Vaccination in Bombay 1863-1868 - 1863-1868
Year: 1863
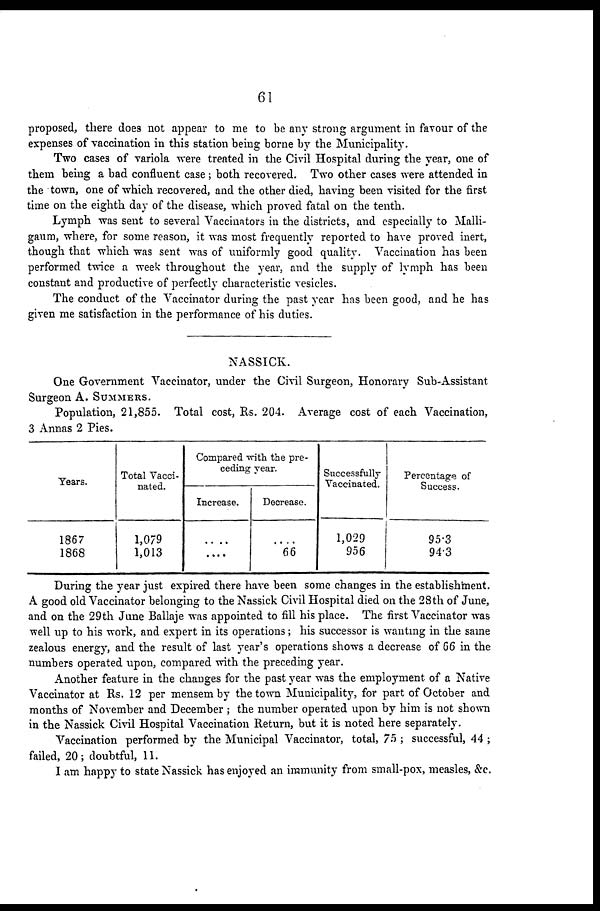
61
proposed, there does not appear to me to be any strong argument in favour of the
expenses of vaccination in this station being borne by the Municipality.
Two cases of variola were treated in the Civil Hospital during the year, one of
them being a bad confluent case; both recovered. Two other cases were attended in
the town, one of which recovered, and the other died, having been visited for the first
time on the eighth day of the disease, which proved fatal on the tenth.
Lymph was sent to several Vaccinators in the districts, and especially to Malli-
gaum, where, for some reason, it was most frequently reported to have proved inert,
though that which was sent was of uniformly good quality. Vaccination has been
performed twice a week throughout the year, and the supply of lymph has been
constant and productive of perfectly characteristic vesicles.
The conduct of the Vaccinator during the past year has been good, and he has
given me satisfaction in the performance of his duties.
NASSICK.
One Government Vaccinator, under the Civil Surgeon, Honorary Sub-Assistant
Surgeon A. SUMMERS.
Population, 21,855. Total cost, Rs. 204. Average cost of each Vaccination,
3 Annas 2 Pies.
Years.
1867
1868
Total Vacci-
nated.
1,079
1,013
Compared with the pre-
ceding year.
Increase.
....
....
Decrease.
....
66
Successfully
Vaccinated.
1,029
956
Percentage of
Success.
95.3
94.3
During the year just expired there have been some changes in the establishment.
A good old Vaccinator belonging to the Nassick Civil Hospital died on the 28 th of June,
and on the 29th June Ballaje was appointed to fill his place. The first Vaccinator was
well up to his work, and expert in its operations; his successor is wanting in the same
zealous energy, and the result of last year's operations shows a decrease of 66 in the
numbers operated upon, compared with the preceding year.
Another feature in the changes for the past year was the employment of a Native
Vaccinator at Rs. 12 per mensem by the town Municipality, for part of October and
months of November and December ; the number operated upon by him is not shown
in the Nassick Civil Hospital Vaccination Return, but it is noted here separately.
Vaccination performed by the Municipal Vaccinator, total, 75 ; successful, 44 ;
failed, 20; doubtful, 11.
I am happy to state Nassick has enjoyed an immunity from small-pox, measles, &c.